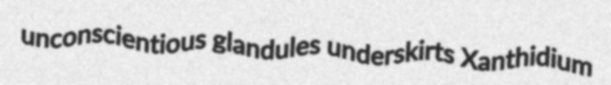
unconscientious glandules underskirts Xanthidium